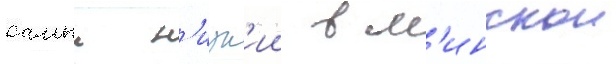
самыи н'изк'ии в м'инскои